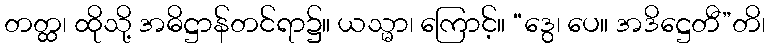
တတ္ထ၊ ထိုသို့ အဓိဋ္ဌာန်တင်ရာ၌။ ယသ္မာ၊ ကြောင့်။ “ဒွေ၊ ပေ။ အဒိဋ္ဌေတီ”တိ၊